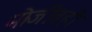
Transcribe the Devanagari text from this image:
मोजीतही